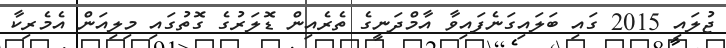
ޖުލައި 2015 ގައި ބަލައިގަނެފައިވާ އާމްދަނީގެ ތެރެއިން ޑޮލަރުގެ ގޮތުގައި މިލިއަން އެމެރިކާ